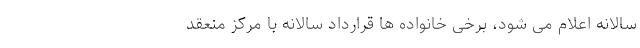
سالانه اعلام می شود، برخی خانواده ها قرارداد سالانه با مرکز منعقد